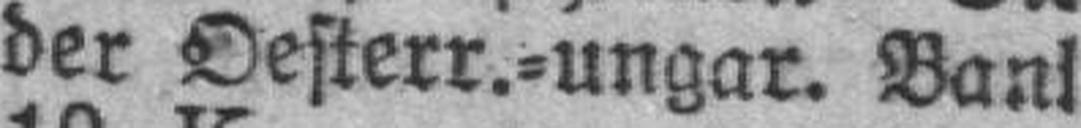
der Oesterr.=ungar. Ban